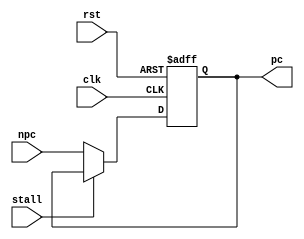
`timescale 1ns / 1ps
//////////////////////////////////////////////////////////////////////////////////
// Module Name: pc 
// Description: 
//////////////////////////////////////////////////////////////////////////////////


module pc(
    input wire clk,
    input wire rst,
    input wire [31:0] npc,
    input wire stall,

    output reg [31:0] pc

    );

    always @ (posedge clk or posedge rst) begin
        if(rst) pc <= -4;
        else if (stall) pc <= pc;
        else pc <= npc;
    end
endmodule